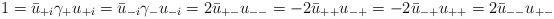
LaTeX: \begin{align*}1 = \bar{u}_{+i} \gamma_+ u_{+i} = \bar{u}_{-i} \gamma_- u_{-i} = 2 \bar{u}_{+-} u_{--} = -2 \bar{u}_{++} u_{-+} = -2 \bar{u}_{-+} u_{++} = 2\bar{u}_{--} u_{+-}\end{align*}